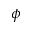
\phi